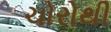
ચોરોથી